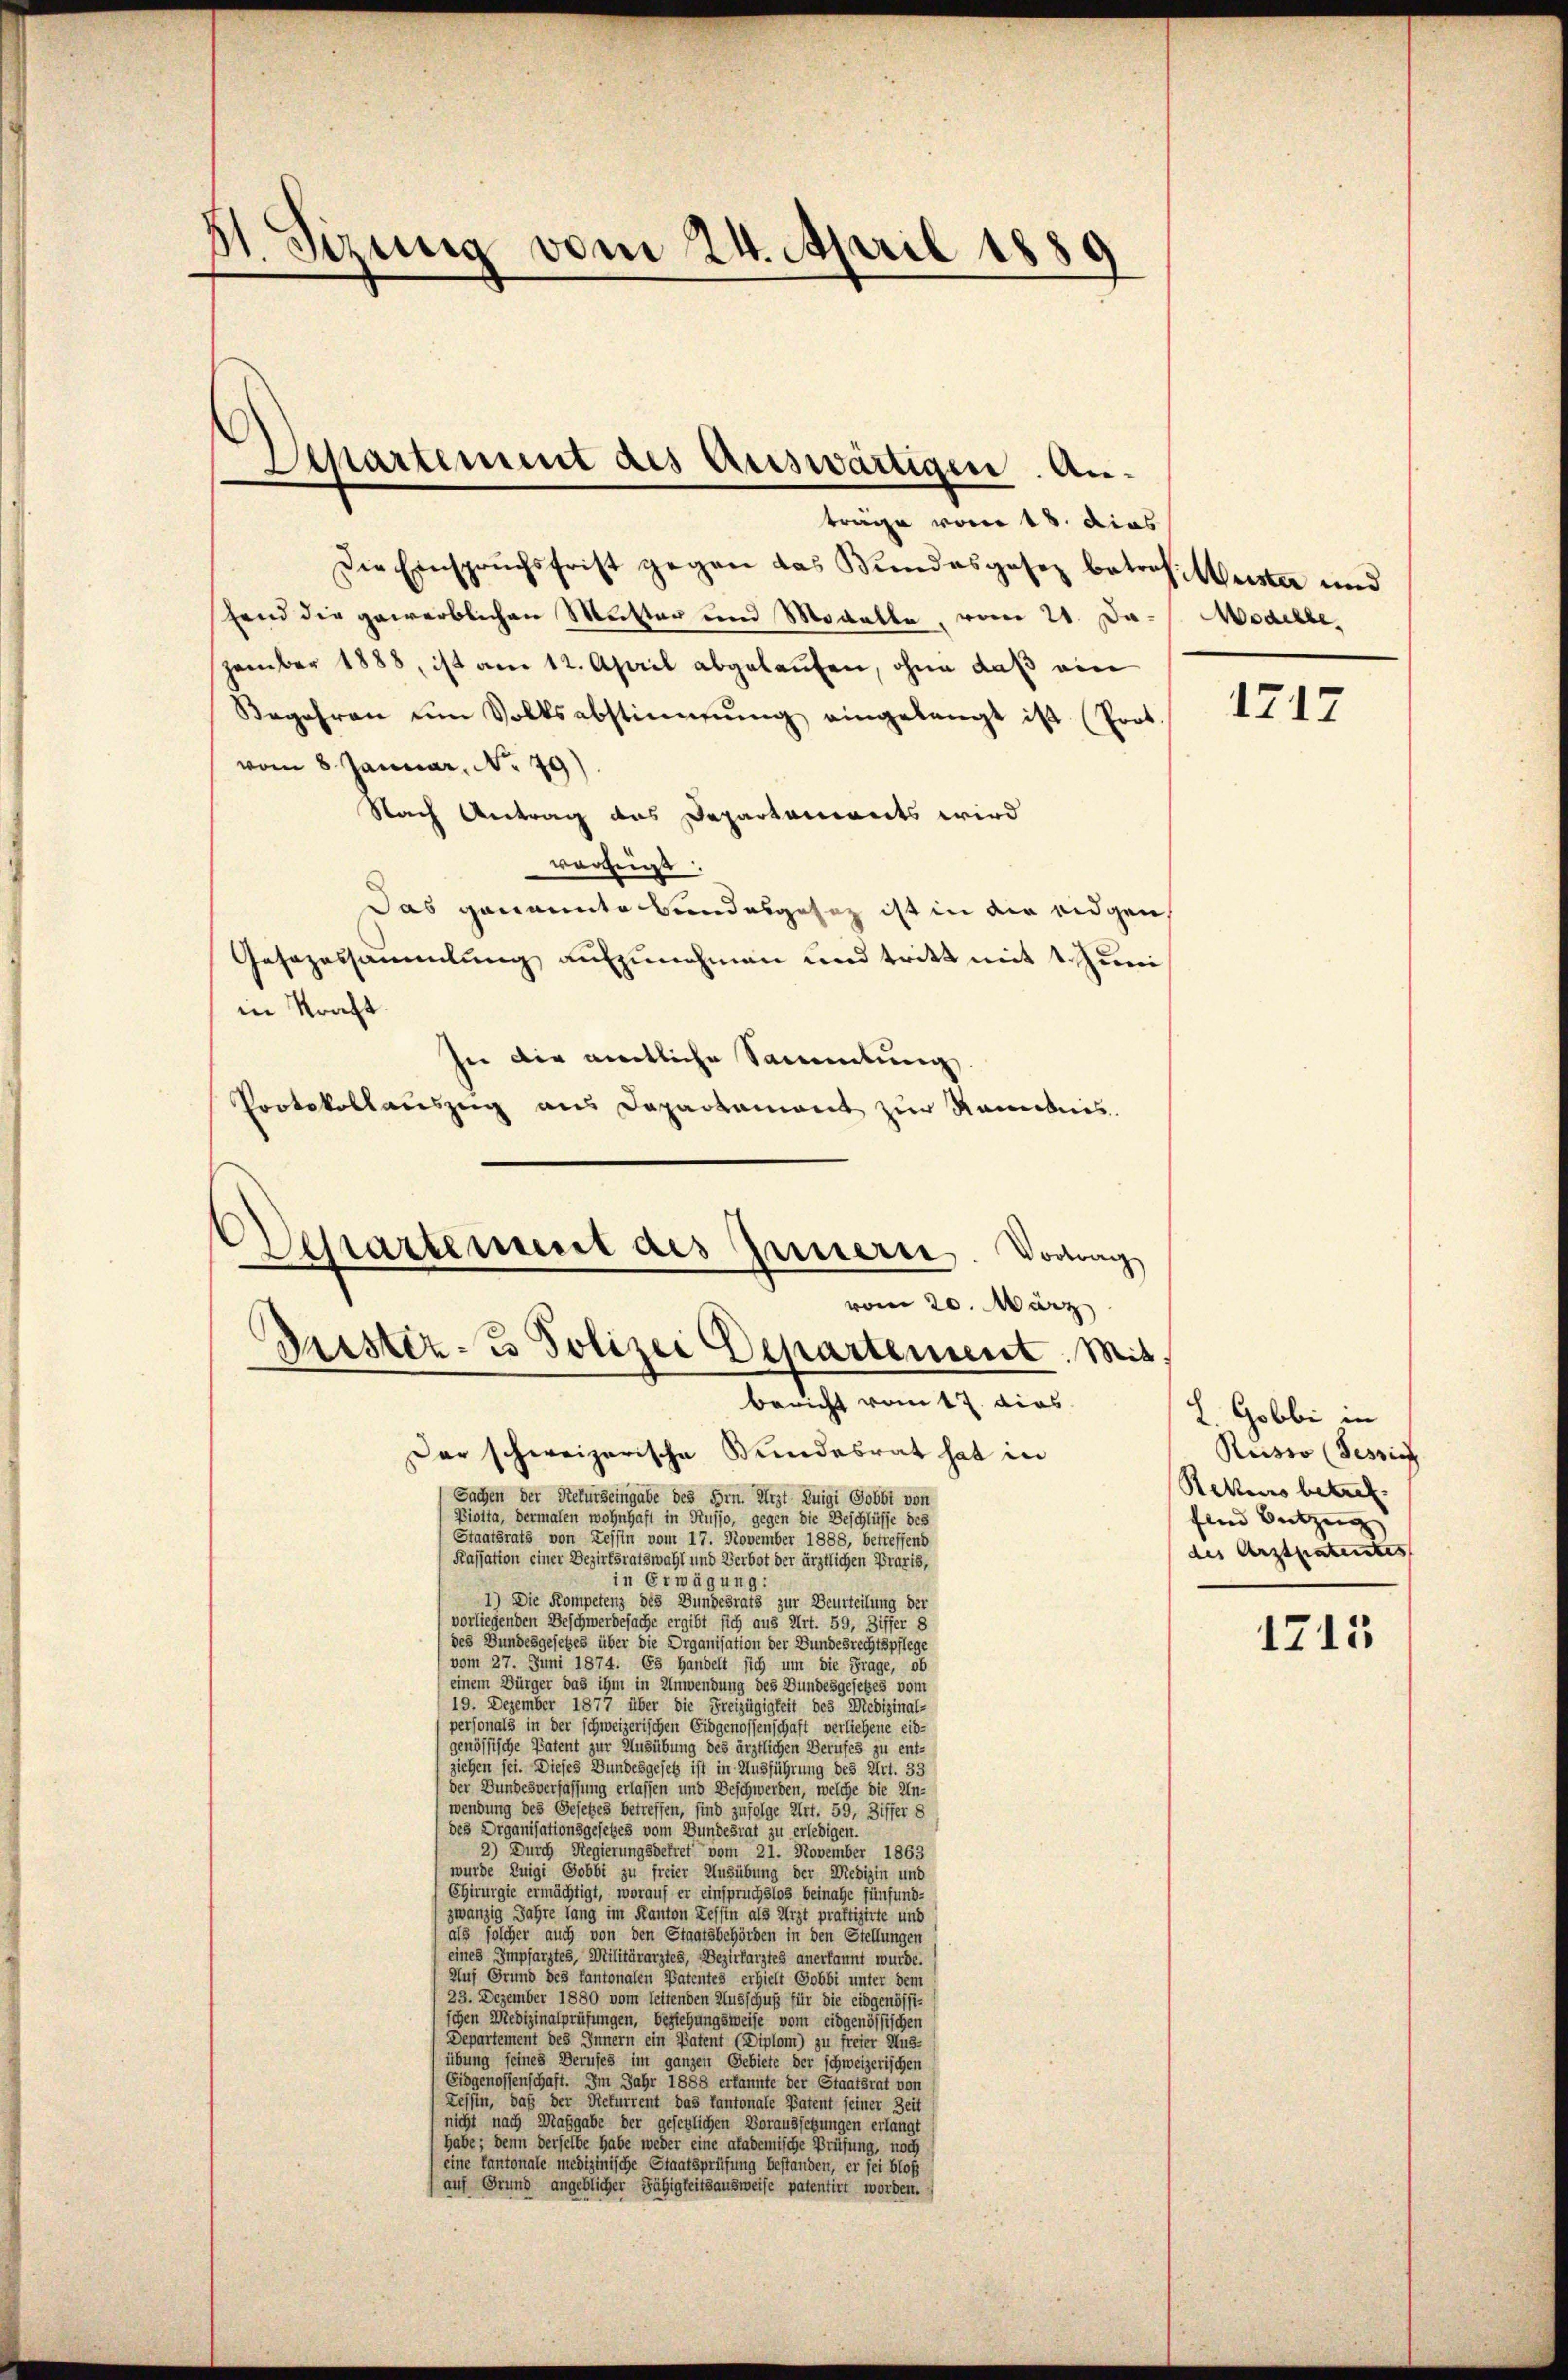
31 etzung vom 24. April 1889

Departement des Auswärtigen. An¬

träge vom 18. dies
Die Einsprŭchsfrist gegen das Bundesgesez betrof: Weister und
hend die gewerblichen Mutter und Modelle, vom 21. Dazember 1888, ist am 12. April abgelaufen, ohne daß ein
Begehren ŭm Volksabstimmung eingelangt ist (Prot
vom 8. Januar, No. 79)
Nach Antrag des Departaments wird
vorzüg
Das genannte Bundesgesetz ist in die eidgen
Gesezessammlung aufzunehmen und tritt mit 1. Juni
in Kraft
sie die amtliche Sammlung,
Protokollauszeig aus Departement zur Ramonis.
bericht vom 17. dies
Der schweizerische Bundesrat hat in
Sachen der Rekurseingabe des Hrn. Arzt Luigi Gobbt von
Pioita, dermalen wohnhaft in Rusjo, gegen die Beschlüsse des
Staatsrats von Zessin vom 17. November 1888, betreffend
Kassation einer Bezirksratswahl und Verbot der ärztlichen Praxis,
in Erwägung:
1) Die Kompetenz des Bundesrats zur Beurteilung der
vorliegenden Beschwerdesache ergibt sich aus Art. 59, Ziffer 8
des Bundesgesetzes über die Organisation der Bundesrechtspflege
vom 27. Juni 1874. Es handelt sich um die Frage, ob
(einem Bürger das ihm in Anwendung des Bundesgesetzes vom
19. Dezember 1877 über die Freizügigkeit des Medizinal-
personals in der schweizerischen Eidgenossenschaft verliehene eid-
genössische Patent zur Ausübung des ärztlichen Berufes zu ent-
ziehen sei. Dieses Bundesgesetz ist in Ausführung des Art. 33
der Bundesverfassung erlassen und Beschwerden, welche die Un-
wendung des Gesetzes betreffen, sind zufolge Art. 59, Ziffer 8
des Organisationsgesetzes vom Bundesrat zu erledigen.
2) Durch Regierungsdekret vom 21. November 1863
wurde Luigi Gobbi zu freier Ausübung der Medizin und
Chirurgie ermächtigt, worauf er einspruchslos beinahe fünfund-
zwanzig Jahre lang im Kanton Zessin als Arzt praktizirte und
als solcher auch von den Staatsbehörden in den Stellungen
eines Impfarztes, Militärarztes, Bezirkarztes anerkannt wurde.
Auf Grund des Cantonalen Patentes erhielt Gobbi unter dem
23. Dezember 1880 vom leitenden Ausschuß für die eidgenössi-
schen Medizinalprüfungen, beziehungsweise vom eidgenössischen
Departement des Innern ein Patent (Diplom) zu freier Aus-
übung seines Berufes im ganzen Gebiete der schweizerischen
Eidgenossenschaft. Im Jahr 1888 erkannte der Staatsrat von
Tessin, daß der Rekurrent das Cantonale Patent seiner Zeit
nicht nach Maßgabe der gesetzlichen Voraussetzungen erlangt
habe; denn derselbe habe weder eine akademische Prüfung, noch
eine Cantonale medizinische Staatsprüfung bestanden, er sei bloß
(auf Grund angeblicher Fähigkeitsausweise patentirt worden.

Ahartement des Innerte. Vortrag
vom 20. März
Justiz- & Polizei Departement. Mit

Modelle

1717

L. Gobbi in
Ruisto (Tessin
Rekurs betref
fend Bützen
des Arztpatentes

1715